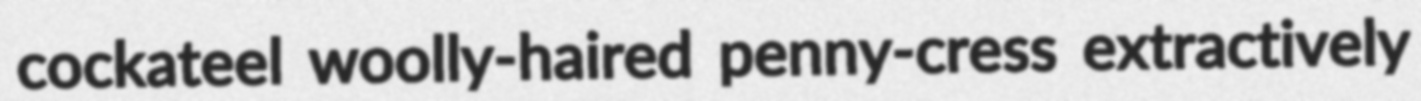
cockateel woolly-haired penny-cress extractively